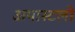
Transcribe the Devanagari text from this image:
अपास्टलो